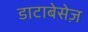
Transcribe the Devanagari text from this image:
डाटाबेसेज़